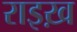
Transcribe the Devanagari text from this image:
राइख़